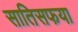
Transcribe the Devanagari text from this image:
सातिसफया